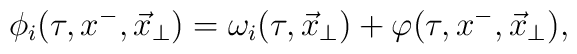
\phi_i(\tau,x^-,\vec x_\perp) = \omega_i(\tau,\vec x_\perp)+ \varphi(\tau,x^-,\vec x_\perp),